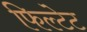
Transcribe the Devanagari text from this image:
फिल्टेट